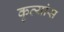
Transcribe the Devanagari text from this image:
कृत्यांस